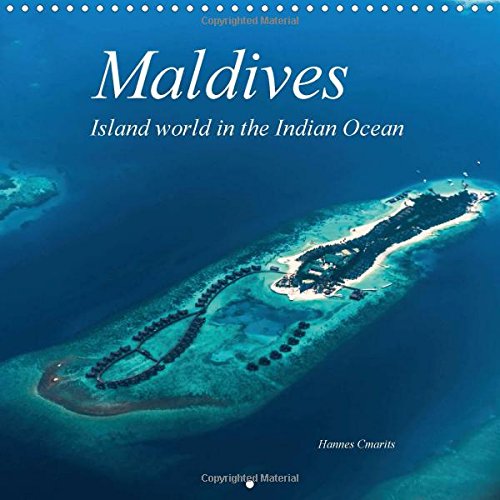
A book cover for Maldives - Island World in the Indian Ocean (Calvendo Places); Hannes Cmarits; Travel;